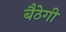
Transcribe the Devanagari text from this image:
बैठेगी